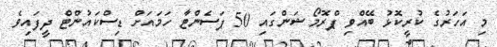
މި އަހަރުގެ ކުރީކޮޅު ބޭއްވި ޕްރޮމޯޝަންގައި 50 ޕަސެންޓާ ހަމައަށް ޑިސްކައުންޓް ދީފައިވެ